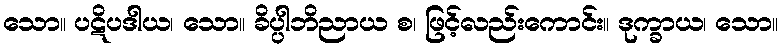
သော။ ပဋိပဒါယ၊ သော။ ခိပ္ပါဘိညာယ စ၊ ဖြင့်လည်းကောင်း။ ဒုက္ခာယ၊ သော။